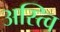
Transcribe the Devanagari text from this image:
अस्त्वि